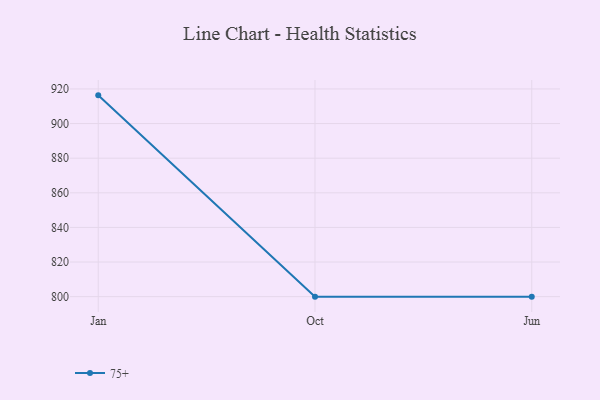
{"axis": {"x": "Month", "y": "Satisfaction Score"}, "legend": ["75+"], "data": [{"x": "Jan", "y": 916.3, "type": "75+"}, {"x": "Oct", "y": 800, "type": "75+"}, {"x": "Jun", "y": 800, "type": "75+"}]}